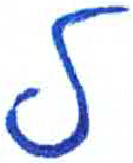
אות: ל